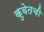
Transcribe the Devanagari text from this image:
कुवेतची